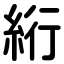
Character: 絎